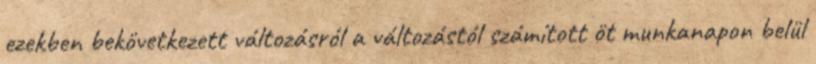
ezekben bekövetkezett változásról a változástól számított öt munkanapon belül